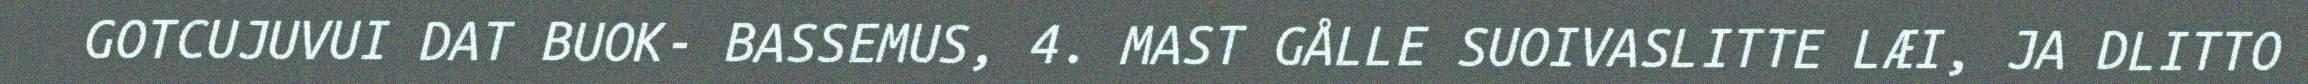
GOTCUJUVUI DAT BUOK- BASSEMUS, 4. MAST GÅLLE SUOIVASLITTE LÆI, JA DLITTO